65_HS1-834228961_62-HQ-83894_Section_2
Agency: FBI
Page 68
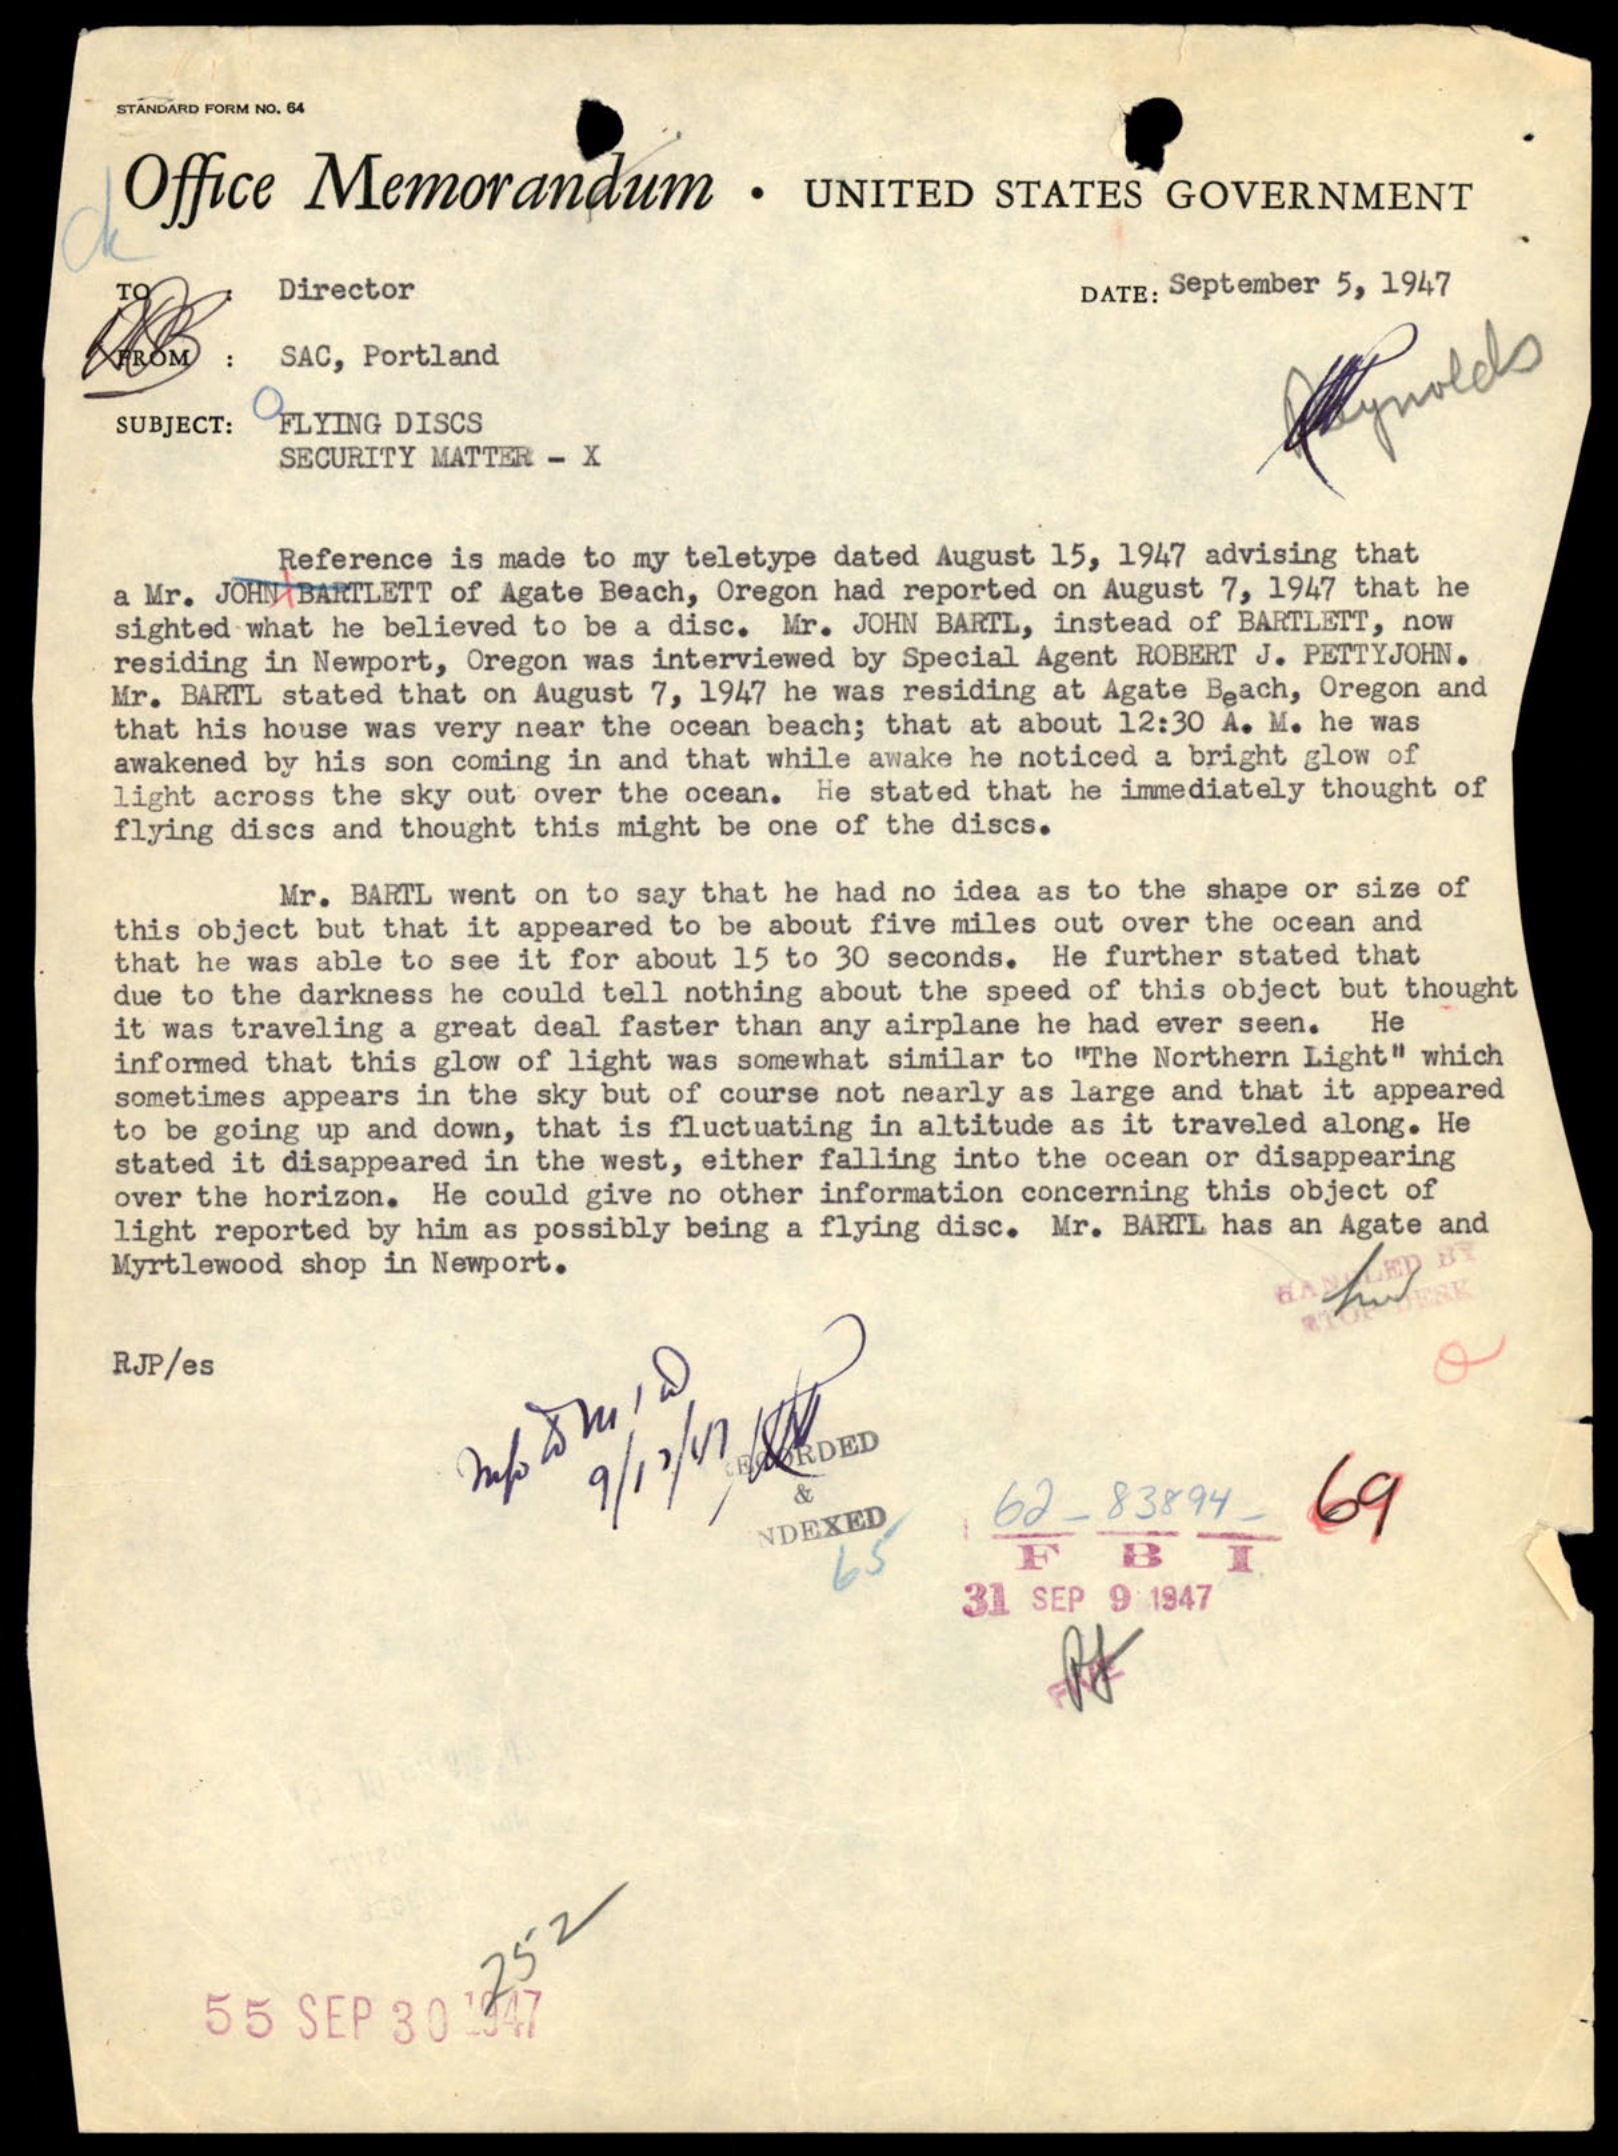